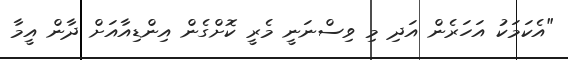
"އެކަމަކު އަހަރެން އަދި މި ވިސްނަނީ މެރީ ކޮށްގެން އިންޑިއާއަށް ދާން އީމާ